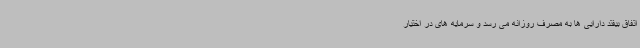
اتفاق بیفتد دارایی ها به مصرف روزانه می رسد و سرمایه های در اختیار